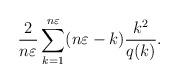
LaTeX: \begin{align*} \frac{2}{n\varepsilon} \sum_{k=1}^{n\varepsilon}(n\varepsilon-k) \frac{k^2}{q(k)}.\end{align*}